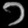
Digit: ၁